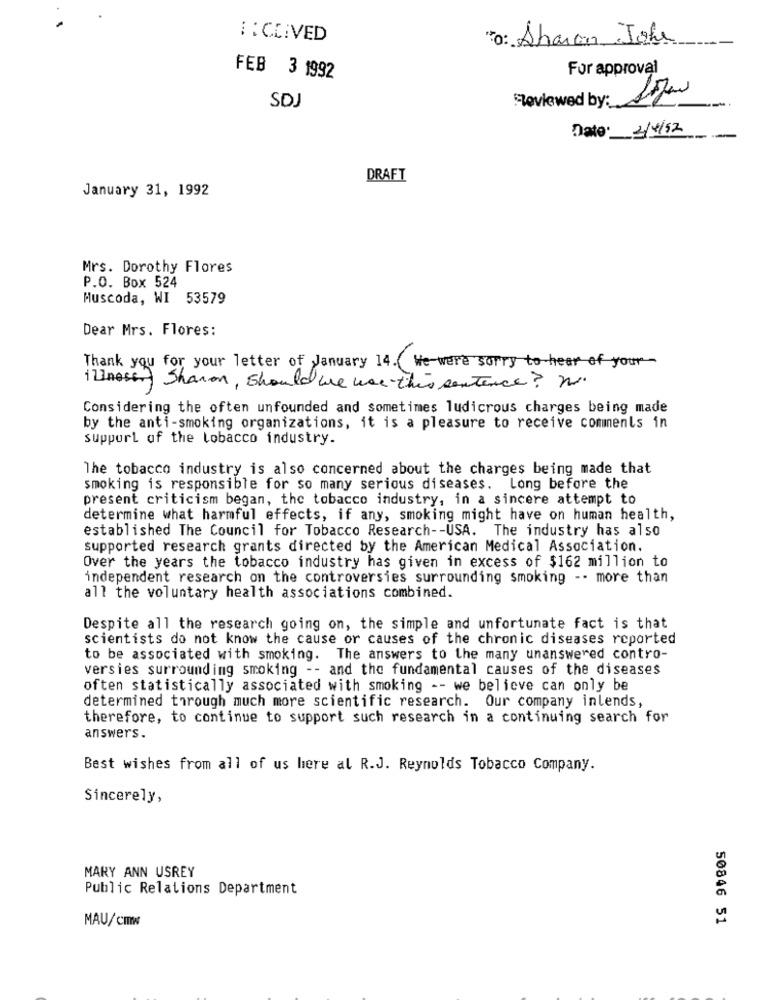
I:CC:VED
To: Sharon Johe
For approval
FEB 3 1992
Reviewed by:
SDJ
Date: 2/4/52
DRAFT
January 31, 1992
Mrs. Dorothy Flores
P.O. Box 524
Muscoda, WI 53579
Dear Mrs. Flores:
Thank you for your letter of January 14. We were sorry to hear of your-
illness Sharon, should we was this sentence? Mr.
Considering the often unfounded and sometimes ludicrous charges being made
by the anti-smoking organizations, it is a pleasure to receive comments in
support of the lobacco industry.
The tobacco industry is also concerned about the charges being made that
smoking is responsible for so many serious diseases. Long before the
present criticism began, the tobacco industry, in a sincere attempt to
determine what harmful effects, if any, smoking might have on human health,
established The Council for Tobacco Research -- USA. The industry has also
supported research grants directed by the American Medical Association.
Over the years the tobacco industry has given in excess of $162 million to
independent research on the controversies surrounding smoking -- more than
all the voluntary health associations combined.
Despite all the research going on, the simple and unfortunate fact is that
scientists do not know the cause or causes of the chronic diseases reported
to be associated with smoking. The answers to the many unanswered contro-
versies surrounding smoking -- and the fundamental causes of the diseases
often statistically associated with smoking -- we believe can only be
determined through much more scientific research. Our company inlends,
therefore, to continue to support such research in a continuing search for
answers.
Best wishes from all of us here al R.J. Reynolds Tobacco Company.
Sincerely,
MARY ANN USREY
Public Relations Department
MAU/Cmw
50846 51